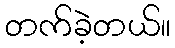
တက်ခဲ့တယ်။